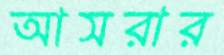
আসরার